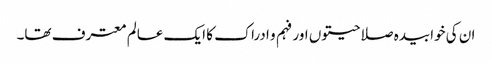
ان کی خوابیدہ صلاحیتوں اور فہم و ادراک کا ایک عالم معترف تھا۔